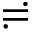
\risingdotseq